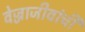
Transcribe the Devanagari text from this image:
वेज्जाजीवांची